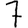
Digit: 7